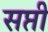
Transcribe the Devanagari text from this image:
सप्ती